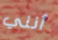
أنني